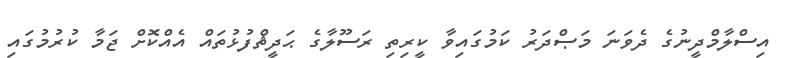
އިސްލާމްދީނުގެ ދެވަނަ މަޞްދަރު ކަމުގައިވާ ކީރިތި ރަސޫލާގެ ޙަދީޘްފުޅުތައް އެއްކޮށް ޖަމާ ކުރުމުގައި